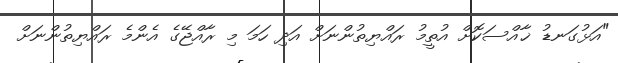
"އަޅުގަނޑު ޚާއްސަކޮށް އުތީމު ރައްޔިތުންނަށް އަދި ހަމަ މި ރާއްޖޭގެ އެންމެ ރައްޔިތުންނަށް